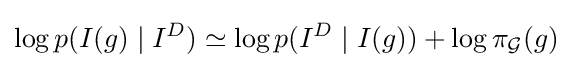
\log p(I(g)\mid I^{D})\simeq \log p(I^{D}\mid I(g))+\log \pi _{\mathcal {G}}(g)